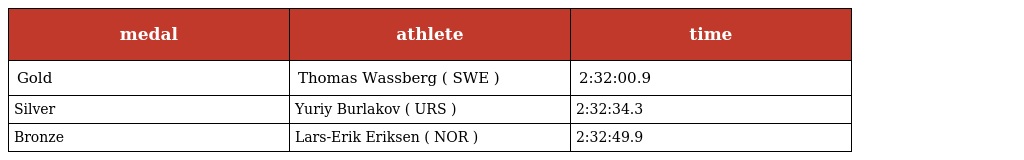
| medal | athlete | time |
 | --- | --- | --- |
 | Gold | Thomas Wassberg ( SWE ) | 2:32:00.9 |
 | Silver | Yuriy Burlakov ( URS ) | 2:32:34.3 |
 | Bronze | Lars-Erik Eriksen ( NOR ) | 2:32:49.9 |